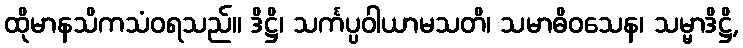
ထိုမာနသိကသံဝရသည်။ ဒိဋ္ဌိ၊ သင်္ကပ္ပဝါယာမသတိ၊ သမာဓိဝသေန၊ သမ္မာဒိဋ္ဌိ,